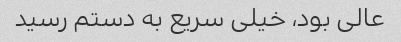
عالی بود، خیلی سریع به دستم رسید